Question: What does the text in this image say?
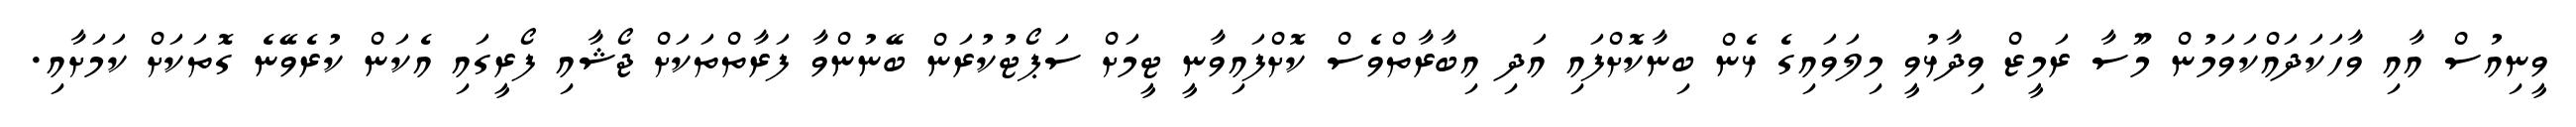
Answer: ވީނިއުސް އާއި ވާހަކަދައްކަވަމުން މޫސާ ރަމީޒް ވިދާޅުވީ މިލަވައިގެ ޅެން ބިނާކޮށްފައި އަދި އިބާރާތްވެސް ކޮށްފައިވާނީ ޓީމަށް ސަޕޯޓުކުރަން ބޭނުންވާ ފަރާތްތަކަށް ޖޯޝާއި ފޯރީގައި އެކަން ކުރެވޭނެ ގޮތަކަށް ކަމަށާއި.